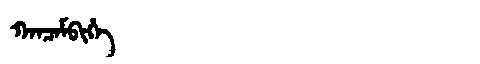
Manchu: ᡴᠠᠨᠴᠠᠮᠪᡳᡥᡝ
Romanization: KANCAMBIHE